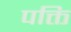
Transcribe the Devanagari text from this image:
पक्ति